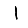
Digit: 1